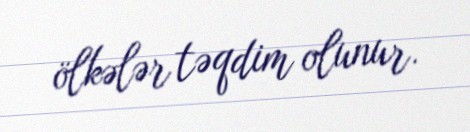
ölkələr təqdim olunur.